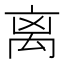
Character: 离